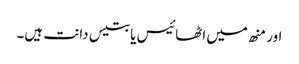
اور منھ میں اٹھائیس یا بتیس دانت ہیں۔